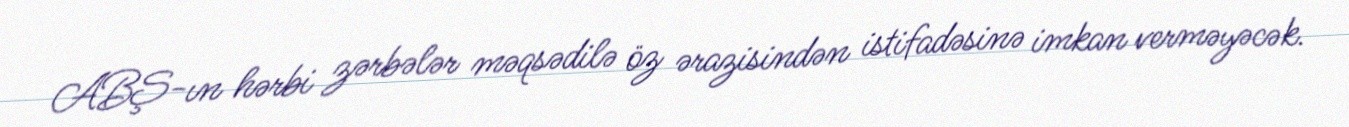
ABŞ-ın hərbi zərbələr məqsədilə öz ərazisindən istifadəsinə imkan verməyəcək.